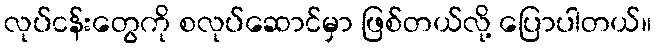
လုပ်ငန်းတွေကို စလုပ်ဆောင်မှာ ဖြစ်တယ်လို့ ပြောပါတယ်။